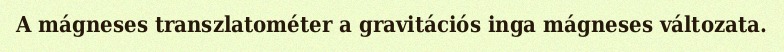
A mágneses transzlatométer a gravitációs inga mágneses változata.